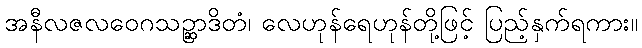
အနီလဇလဝေဂသဉ္ဆာဒိတံ၊ လေဟုန်ရေဟုန်တို့ဖြင့် ပြည့်နှက်ရကား။